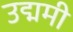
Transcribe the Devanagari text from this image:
उद्ममी